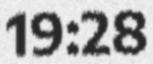
19:28